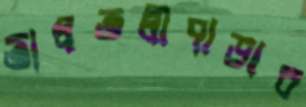
তালতলীপাড়ার